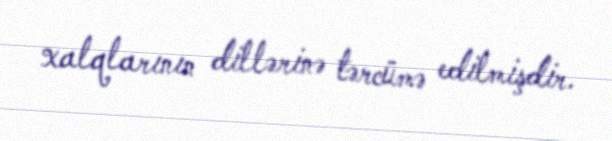
xalqlarının dillərinə tərcümə edilmişdir.